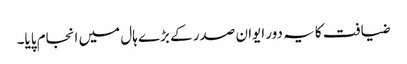
ضیافت کا یہ دور ایوان صدر کے بڑے ہال میں انجام پایا۔